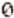
0